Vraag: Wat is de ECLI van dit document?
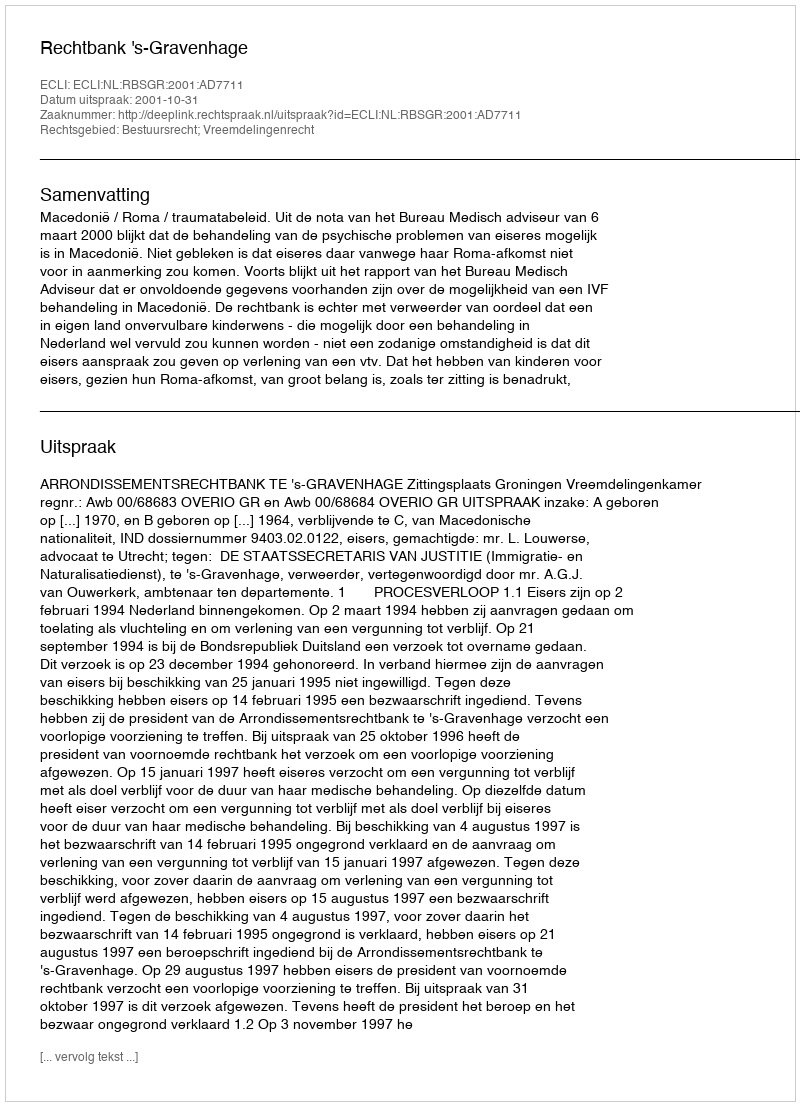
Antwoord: ECLI:NL:RBSGR:2001:AD7711